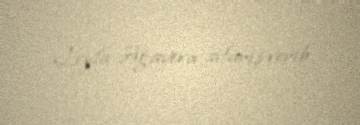
Leyla Ağayeva sifariş verib.